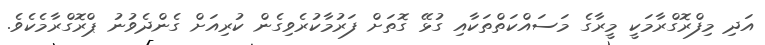
އަދި މިފްރޮގްރާމަކީ މީރާގެ މަސައްކަތްތަކާއި ގުޅޭ ގޮތަށް ފަރުމާކުރެވިގެން ކުރިއަށް ގެންދެވުނު ޕްރޮގްރާމެކެވެ.